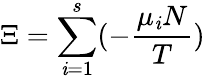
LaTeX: \Xi=\sum_{\mathit{i}=1}^{s}(-{\frac{{\mu_{\mathit{i}}N}}{{T}}})